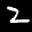
Label: 2